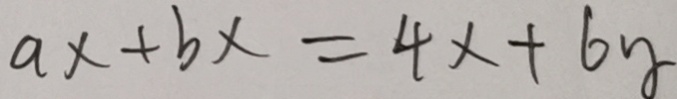
a x + b x = 4 x + 6 x